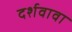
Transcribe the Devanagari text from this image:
दर्शवावा